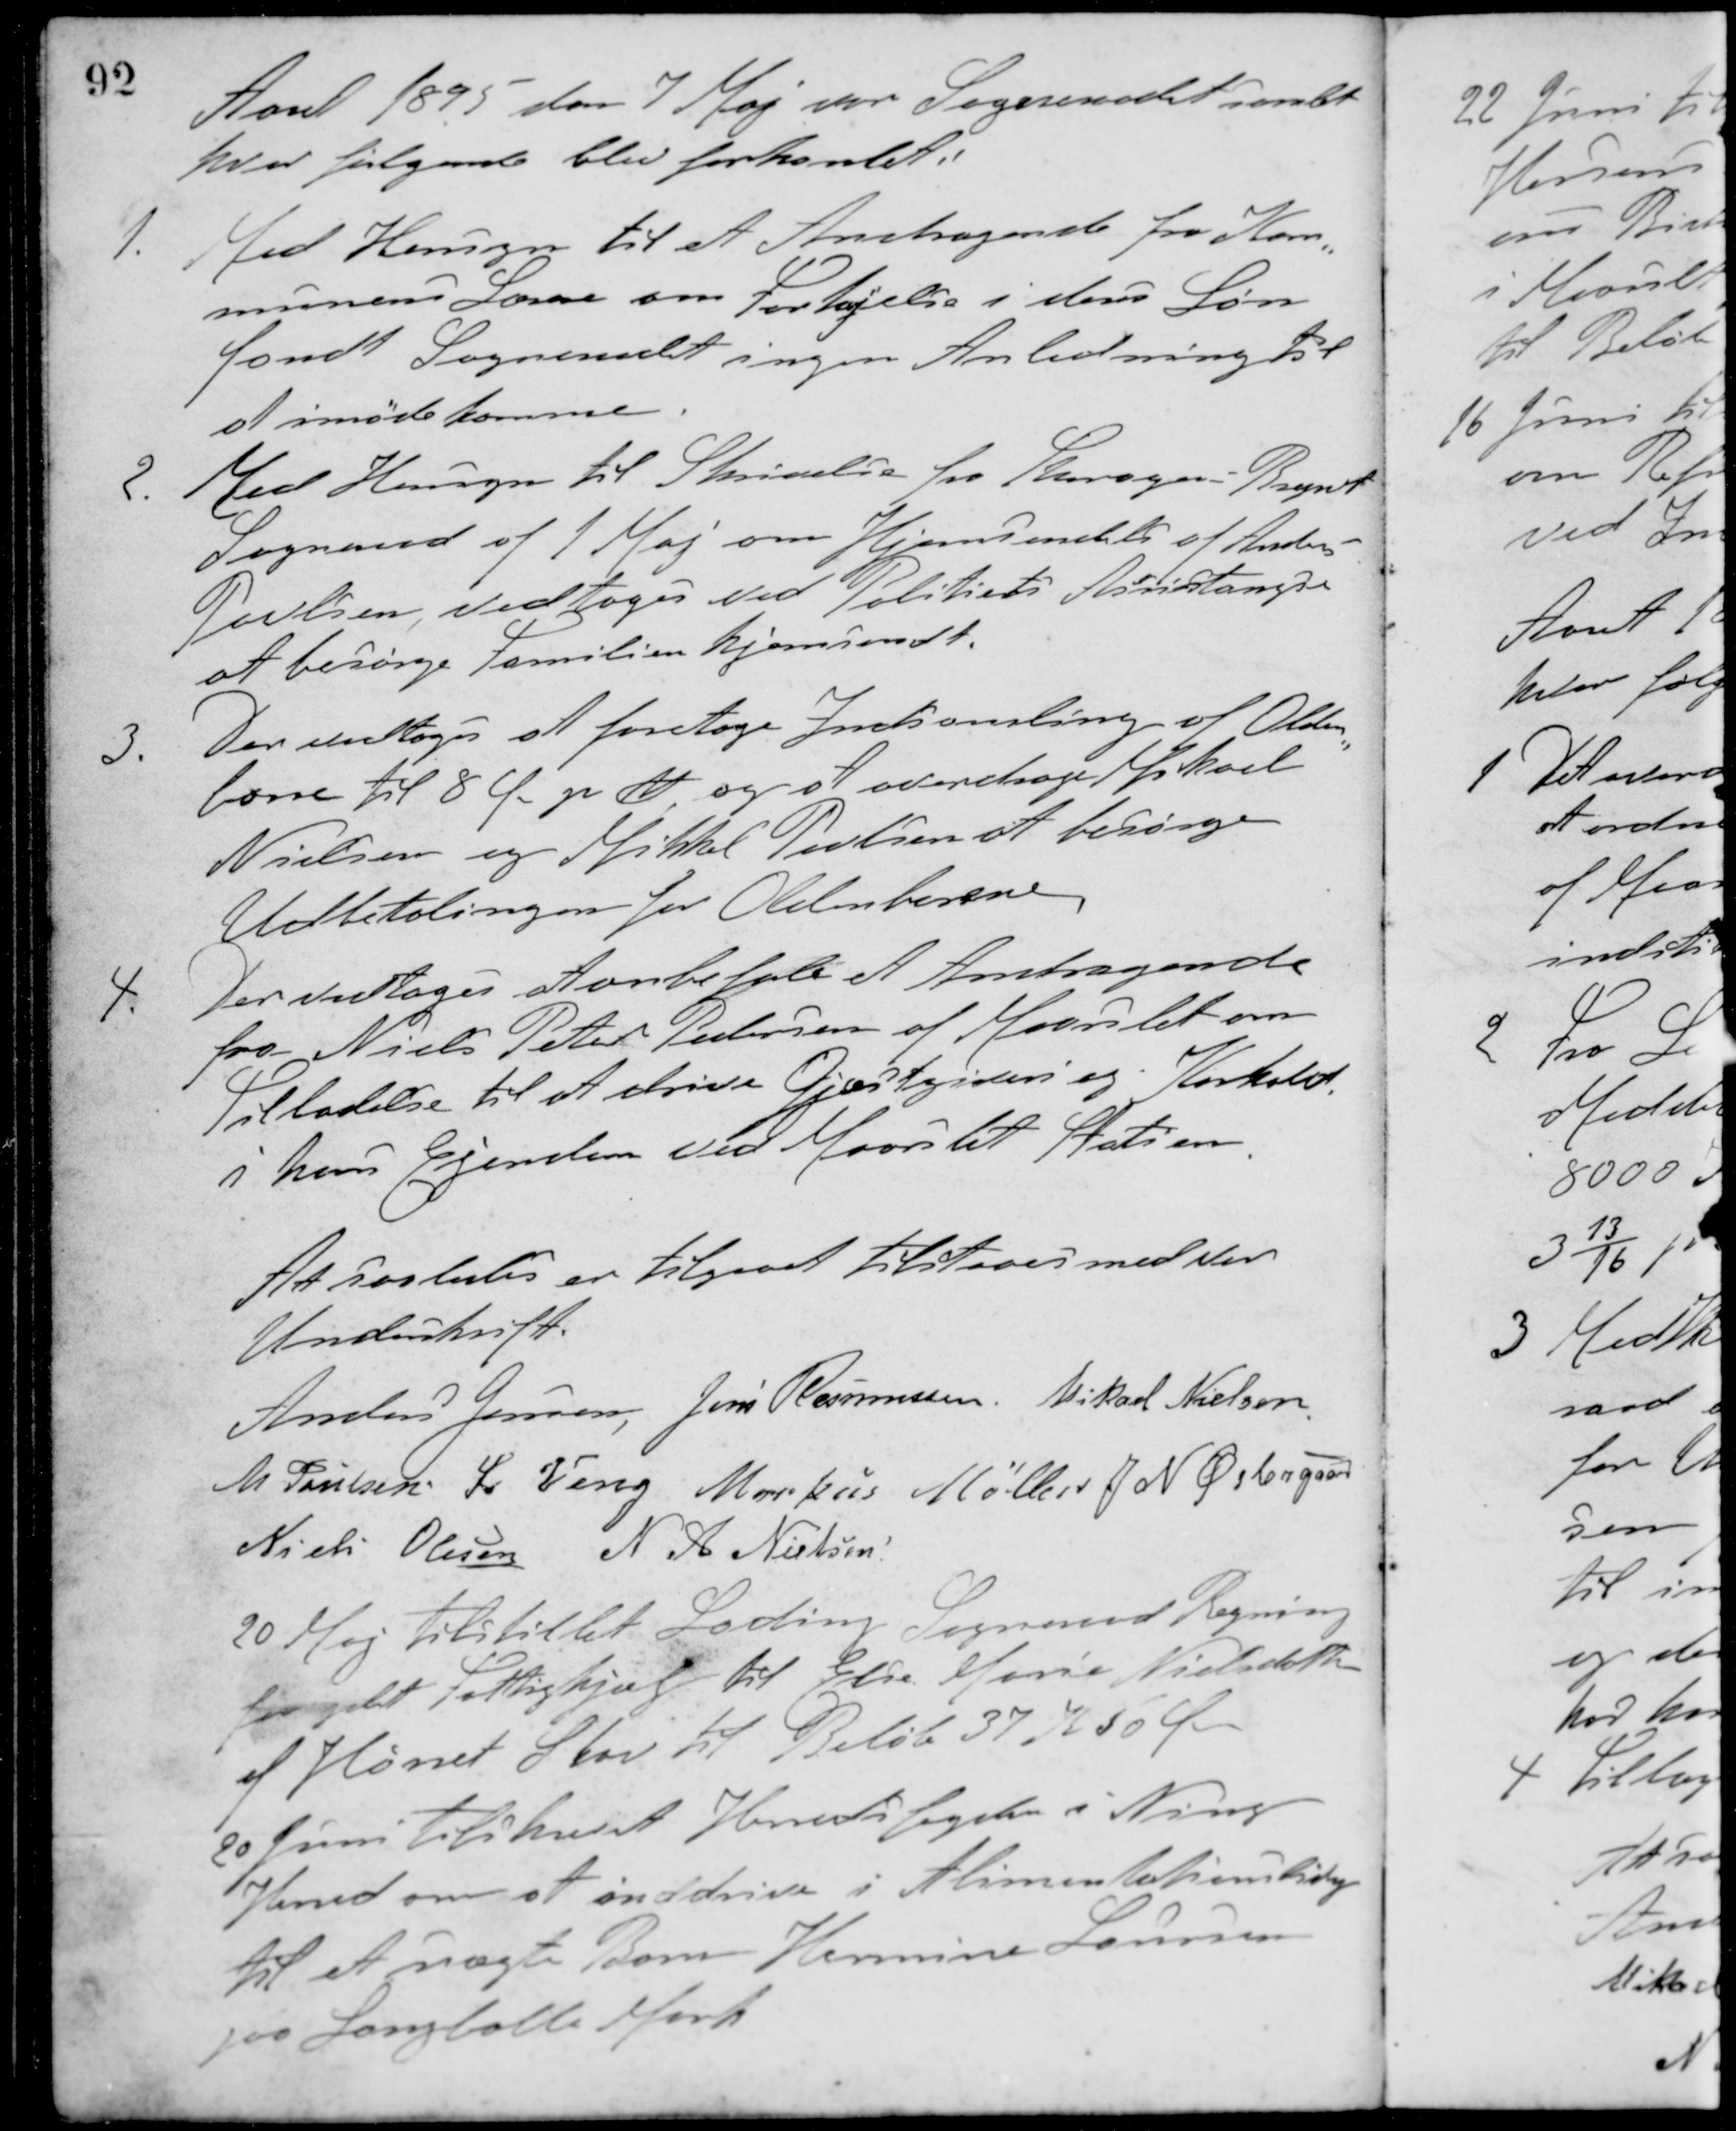
Transskription:
Aaret 1895 den 7 Maj var Sogneraadet samlet
hvor følgende blev forhandlet:
1. Med Hensyn til et Andragende fra Kom-
munens Lærere om Forhøjelse i deres Løn
fandt Sogneraadet ingen Anledning til
at imødekomme.
2. Med Hensyn til Skrivelse fra Thorsager-Bregnet
Sogneraad af 1 Maj om Hjemsendelse af Anders
Povlsen, vedtoges ved Politiets Assistangse
at besørge Familien hjemsendt.
3. Der vedtoges at foretage Indsamling af Olden-
borre til 8 Øre pr. ℔ og at overdrage Mikael
Nielsen og Mikkel Poulsen at besørge
Udbetalingen for Oldeborerne.
4 Der vedtoges at anbefale et Andragende
fra Niels Peter Pedersen af Maarslet om
Tilladelse til at drive Gjæstgiveri og Korhold
i hans Ejendom ved Maarslet Station
At saaledes er tilgaaet tilstaaes med vor
Underskrift.
Anders Jensen Jens Rasmussen Mikael Nielsen
M. Poulsen L. Veng Markus Møller J. N. Østergaard
Niels Olesen N. A. Nielsen
20 Maj tilstillet Lading Sogneraad Regning
for ydet Fattighjælp til Else Marie Nielsdatter
af Hørret Skov til Beløb 37 K 50 Øre
20 Juni tilskrevet Herredsfogden i Ning
Herred om at inddrive i Alimentationsbidrag
til et uægte Barn Hermine Laursen
paa Langballe Mark